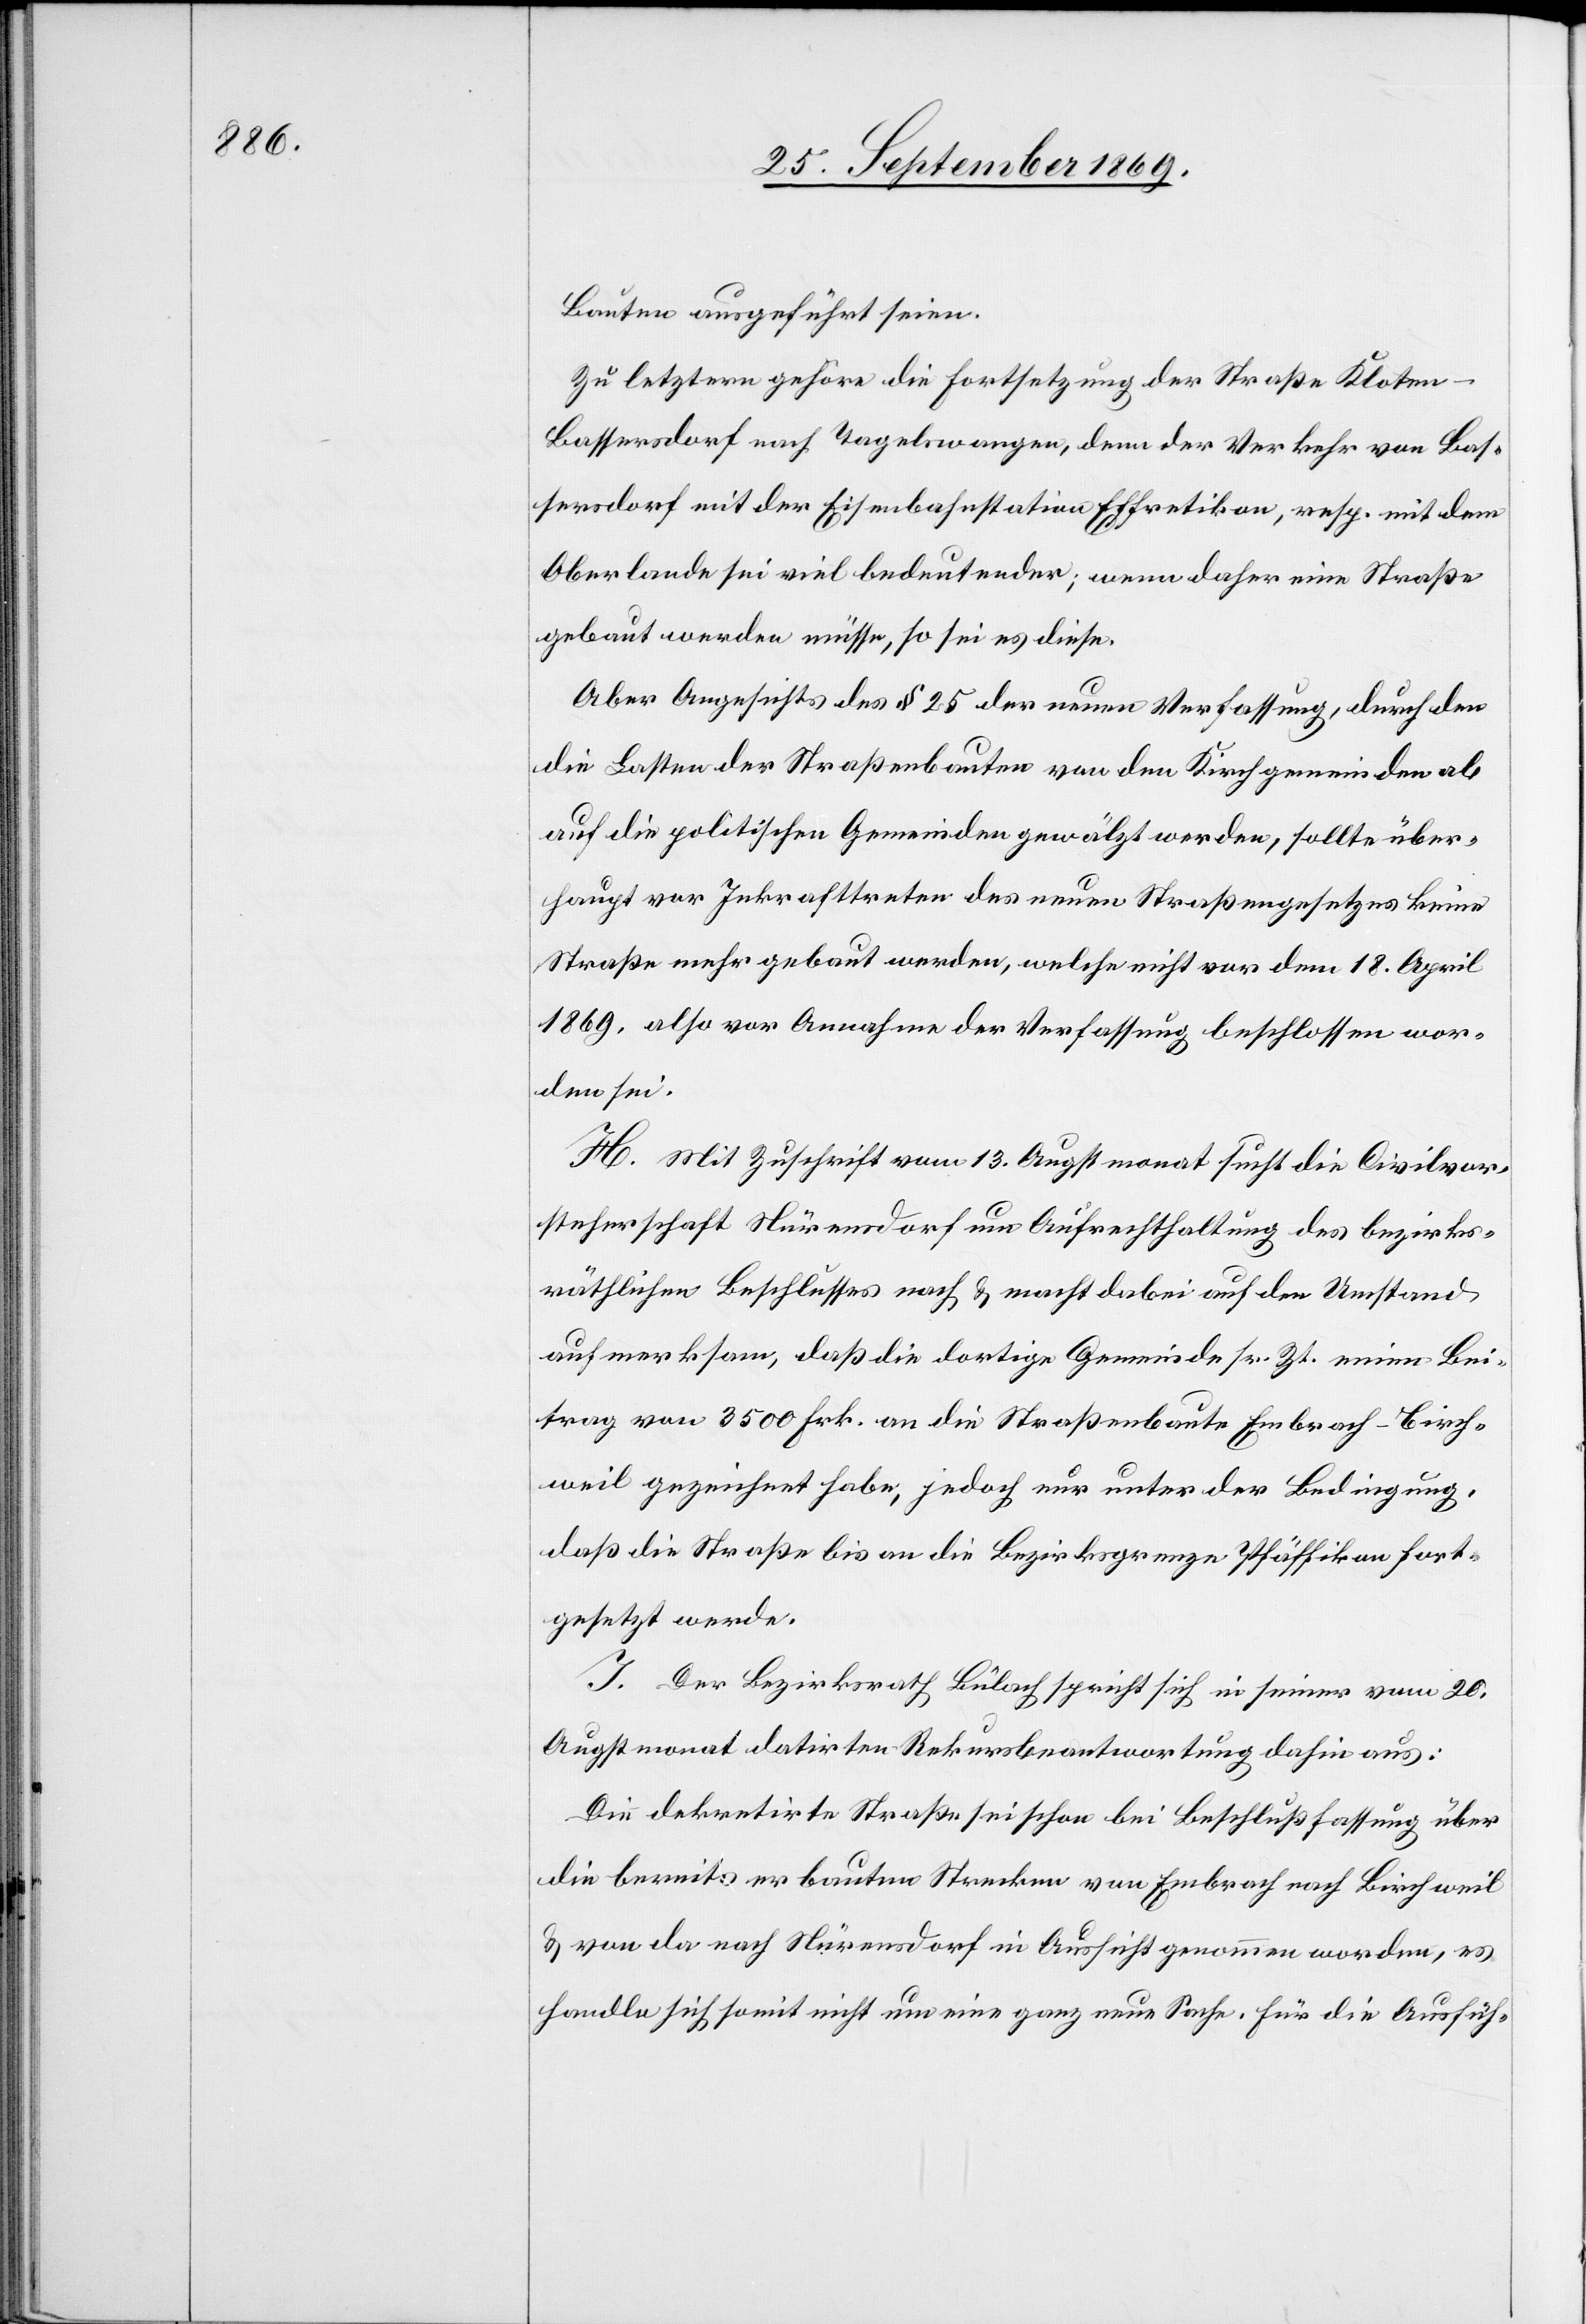
Bauten ausgeführt seien.
Zu letztern gehöre die Fortsetzung der Straße Kloten–B¬
assersdorf nach Tagelswangen, denn der Verkehr von Bas¬
sersdorf mit der Eisenbahnstation Effretikon, resp. mit dem
Oberlande sei viel bedeutender; wenn daher eine Straße
gebaut werden müsse, so sei es diese.
Aber Angesichts des § 25 der neuen Verfassung, durch den
die Lasten der Straßenbauten von den Kirchgemeinden ab
auf die politischen Gemeinden gewälzt werden, sollte über¬
haupt vor Inkrafttreten des neuen Straßengesetzes keine
Straße mehr gebaut werden, welche nicht vor dem 18. April
1869, also vor Annahme der Verfassung beschlossen wor¬
den sei.
H. Mit Zuschrift vom 13. Augstmonat sucht die Civilvor¬
steherschaft Nürensdorf um Aufrechthaltung des bezirks¬
räthlichen Beschlusses nach & macht dabei auf den Umstand
aufmerksam, daß die dortige Gemeinde sr. Zt. einen Bei¬
trag von 3500 Frk. an die Straßenbaute Embrach–Birch¬
weil gezeichnet habe, jedoch nur unter der Bedingung,
daß die Straße bis an die Bezirksgrenze Pfäffikon fort¬
gesetzt werde.
I. Der Bezirksrath Bülach spricht sich in seiner vom 20.
Augstmonat datirten Rekursbeantwortung dahin aus:
Die dekretirte Straße sei schon bei Beschlußfassung über
die bereits erbauten Strecken von Embrach nach Birchweil
& von da nach Nürensdorf in Aussicht genommen worden, es
handle sich somit nicht um eine ganz neue Sache. Für die Ausfüh-